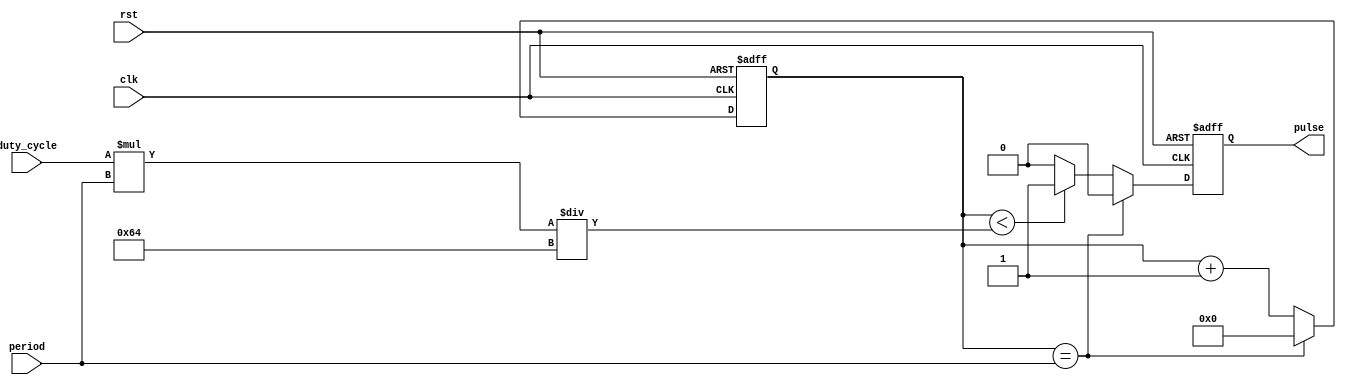
module DutyCyclePulseGenerator(
    input wire clk,
    input wire rst,
    input wire [31:0] period,
    input wire [7:0] duty_cycle,
    output reg pulse
);

reg [31:0] count;

always @(posedge clk or posedge rst) begin
    if (rst) begin
        count <= 0;
        pulse <= 0;
    end else begin
        if (count == period) begin
            count <= 0;
            pulse <= 0;
        end else begin
            count <= count + 1;
            if (count < (duty_cycle * period / 100)) begin
                pulse <= 1;
            end else begin
                pulse <= 0;
            end
        end
    end
end

endmodule